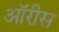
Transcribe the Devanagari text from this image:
ऑरीस